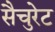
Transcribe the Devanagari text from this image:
सैचुरेट